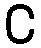
င